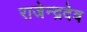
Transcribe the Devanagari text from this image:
राजेन्द्रदेव